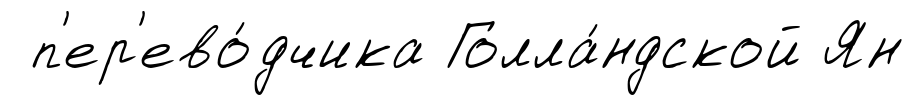
п'ер'ево́дчика Голла́ндской Ян